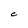
Character: C